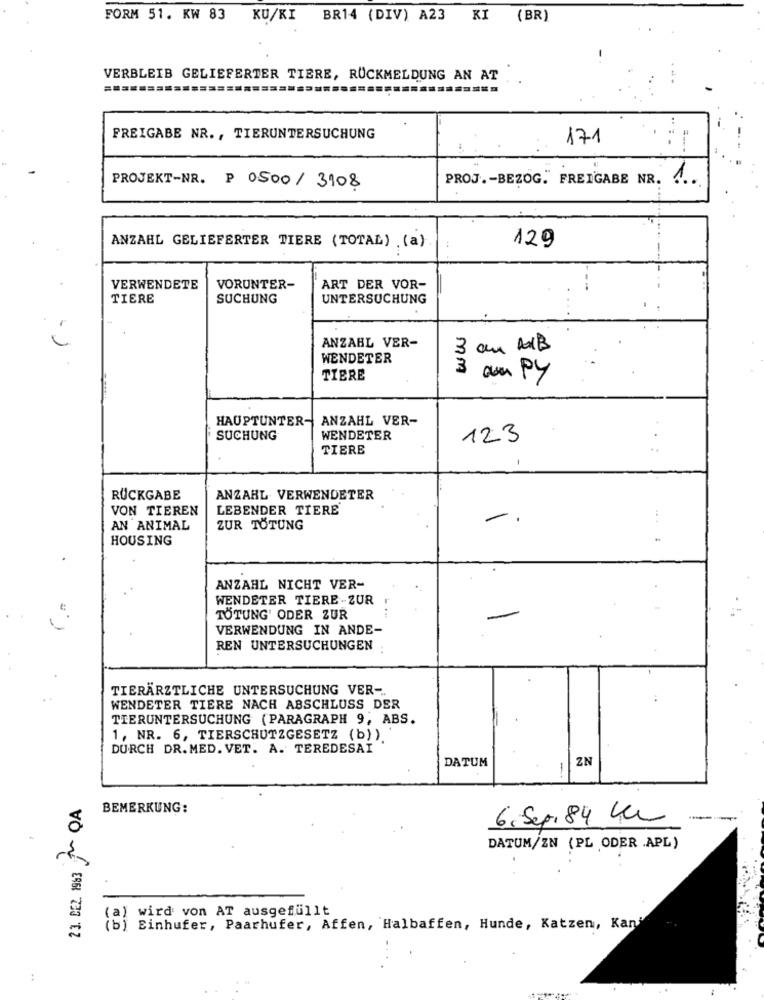
FORM 51. KW 83 KU/KI BR14 (DIV) A23 KI (BR)
VERBLEIB GELIEFERTER TIERE, RÜCKMELDUNG AN AT
FREIGABE NR ., TIERUNTERSUCHUNG
171
PROJ .- BEZOG. FREIGABE NR. A ..
PROJEKT-NR. P 0500/ 3108
ANZAHL GELIEFERTER TIERE (TOTAL) .(a).
129
VERWENDETE
VORUNTER-
ART DER VOR-
TIERE
SUCHUNG
UNTERSUCHUNG
ANZAHL VER-
3 am MB
WENDETER
3
TIERE
am py
HAUPTUNTER- ANZAHL VER-
SUCHUNG
WENDETER
123
TIERE
-
RÜCKGABE
ANZAHL. VERWENDETER
VON TIEREN
LEBENDER TIERE
-
AN ANIMAL
ZUR TÖTUNG
HOUSING
.. .
ANZAHL NICHT VER-
WENDETER TIERE -ZUR
TÖTUNG' ODER ZUR
VERWENDUNG IN ANDE-
REN UNTERSUCHUNGEN
TIERÄRZTLICHE UNTERSUCHUNG VER -..
WENDETER TIERE NACH ABSCHLUSS DER
TIERUNTERSUCHUNG (PARAGRAPH 9, ABS.
1, NR. 6, TIERSCHUTZGESETZ (b)).
DURCH DR.MED. VET. A. TEREDESAI
DATUM
ZN
23. DEZ. 1963 ~ QA
BEMERKUNG:
6. Sep. 84 Km
DATUM/ZN (PL ODER .APL)
(a) wird von AT ausgefüllt
(b) Einhufer, Paarhufer, Affen, Halbaffen, Hunde, Katzen, Kan"
: